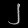
Digit: ၂